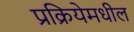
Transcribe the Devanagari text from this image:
प्रक्रियेमधील